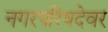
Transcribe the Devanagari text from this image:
नगरपरिषदेवर